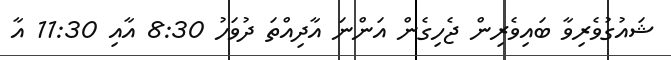
ޝައުގުވެރިވާ ބައިވެރިން ޖެހިގެން އަންނަ އާދިއްތަ ދުވަހު 8:30 އާއި 11:30 އާ